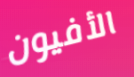
الأفيون